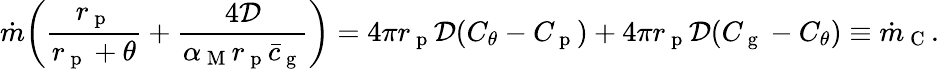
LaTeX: \dot{m}\bigg(\frac{r_{\mathrm{~p~}}}{r_{\mathrm{~p~}}+\theta}+\frac{4\mathcal{D}}{\alpha_{\mathrm{~M~}}r_{\mathrm{~p~}}\bar{c}_{\mathrm{~g~}}}\bigg)=4\pi r_{\mathrm{~p~}}\mathcal{D}(C_{\theta}-C_{\mathrm{~p~}})+4\pi r_{\mathrm{~p~}}\mathcal{D}(C_{\mathrm{~g~}}-C_{\theta})\equiv\dot{m}_{\mathrm{~C~}}.